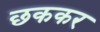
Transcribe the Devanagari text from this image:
छककर